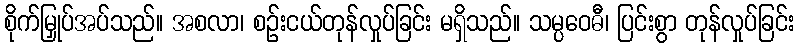
စိုက်မြှုပ်အပ်သည်။ အစလာ၊ စဉ်းငယ်တုန်လှုပ်ခြင်း မရှိသည်။ သမ္ပဝေဓီ၊ ပြင်းစွာ တုန်လှုပ်ခြင်း